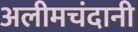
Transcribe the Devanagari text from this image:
अलीमचंदानी